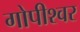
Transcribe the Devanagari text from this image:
गोपीश्वर